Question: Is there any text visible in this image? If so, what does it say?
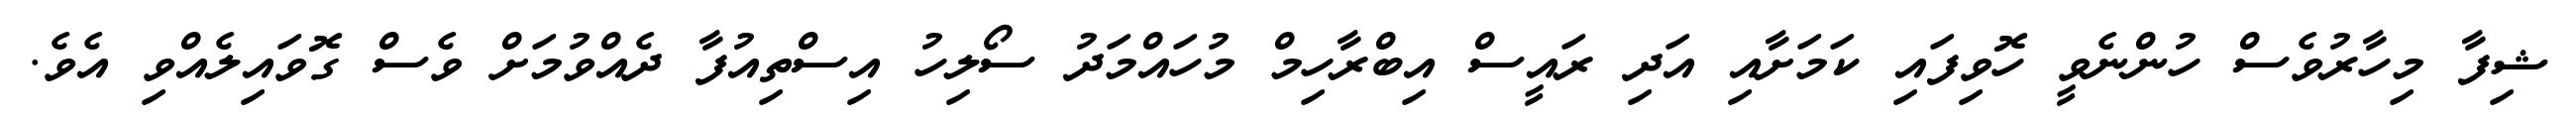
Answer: ޝިފާ މިހާރުވެސް ހުންނެވީ ހޮވިފައި ކަމަށާއި އަދި ރައީސް އިބްރާހިމް މުހައްމަދު ސޯލިހު އިސްތިއުފާ ދެއްވުމަށް ވެސް ގޮވައިލެއްވި އެވެ.